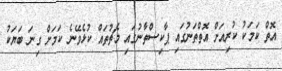
އޮތް ކަމަކު ކުރިއަށް އޮތްތަނުގައި ޕާކިސްތާނުގައި މެޗުތައް ކުޅެވޭނެ ކަަމަށް ގިނަ ބަޔަކު